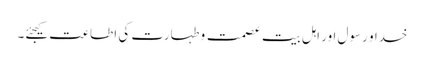
خدا و رسول اور اہل بیت عصمت و طہارت کی اطاعت کیجئے۔